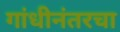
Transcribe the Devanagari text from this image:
गांधीनंतरचा